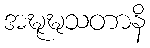
အဍ္ဎုဍ္ဎသတာနိ